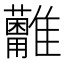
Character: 𩁩